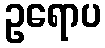
ဥရောပ